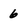
Character: 6